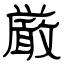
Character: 厳